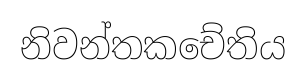
නිවන්තකචේතිය